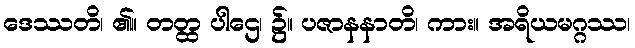
ဒေဿတိ၊ ၏။ တတ္ထ ပါဌေ၊ ၌။ ပဇာနနာတိ၊ ကား။ အရိယမဂ္ဂဿ၊